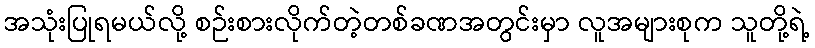
အသုံးပြုရမယ်လို့ စဉ်းစားလိုက်တဲ့တစ်ခဏအတွင်းမှာ လူအများစုက သူတို့ရဲ့